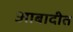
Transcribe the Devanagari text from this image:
आबादीत